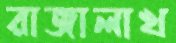
রাজালাখ